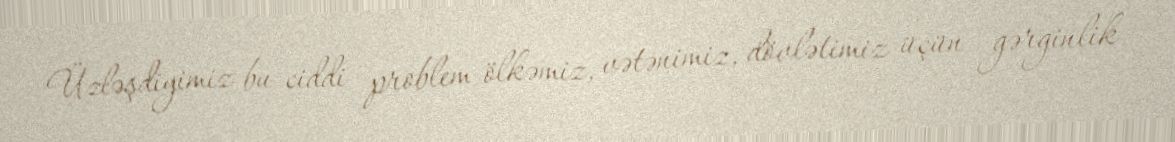
Üzləşdiyimiz bu ciddi problem ölkəmiz, vətənimiz, dövlətimiz üçün gərginlik